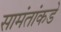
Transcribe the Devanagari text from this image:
सामंतांकडे